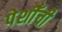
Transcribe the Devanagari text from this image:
पेशीँची